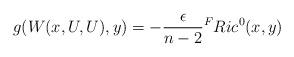
LaTeX: \begin{align*} g(W(x,U,U),y) = -\frac{\epsilon}{n-2} {^F}Ric^{0}(x,y)\end{align*}